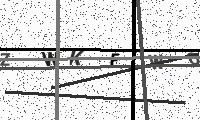
Text: ZWKFWO